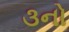
૩નો